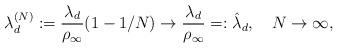
LaTeX: \begin{align*} \lambda^{(N)}_d := \frac{\lambda_d}{\rho_\infty}(1-1/N) \to \frac{\lambda_d}{\rho_\infty} =: \hat{\lambda}_d, \quad N\to\infty,\end{align*}